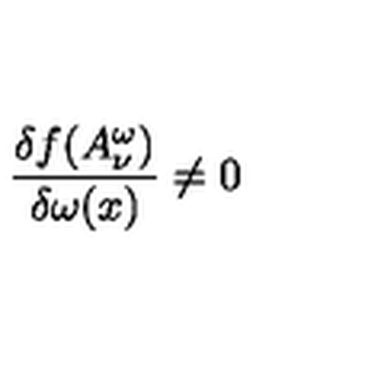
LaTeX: \frac { \delta f ( A _ { \nu } ^ { \omega } ) } { \delta \omega ( x ) } \neq 0